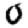
Digit: 0